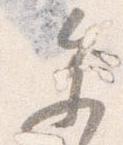
参